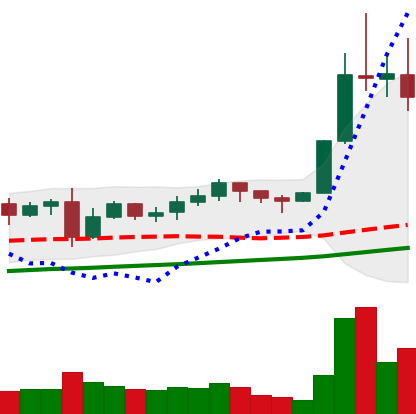
Ticker: LTC-USD
Chart end date: 2021-11-12
Forward return: -8.767%
Label: down_7plus